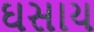
ઘસાય